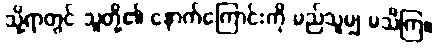
သို့ရာတွင် သူတို့၏ နောက်ကြောင်းကို မည်သူမျှ မသိကြ။